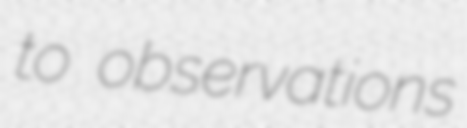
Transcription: to observations